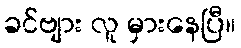
ခင်ဗျား လူ မှားနေပြီ။